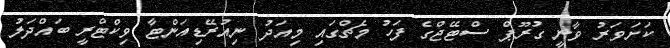
ކަށަވަރު ވާނީ ގުރޫޕް ސްޓޭޖްގެ ފަހު މެޗްގައި މިއަދު ނިއުރޭޑިއަންޓާ ވިކްޓްރީ ބައްދަލު